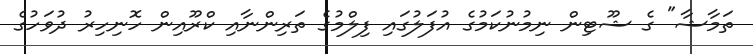
ތަމާޝާ" ގެ ޝޫޓިން ނިމުނުކަމުގެ އުފަލުގައި ފިލްމުގެ ތަރިންނާއި ކްރޫއިން ހޮނިހިރު ދުވަހުގެ